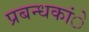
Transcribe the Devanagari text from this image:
प्रबन्धकांे